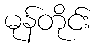
မုန်တိုင်း